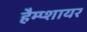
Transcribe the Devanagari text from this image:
हैम्प्शायर